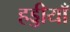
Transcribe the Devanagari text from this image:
हड्डीयाँ